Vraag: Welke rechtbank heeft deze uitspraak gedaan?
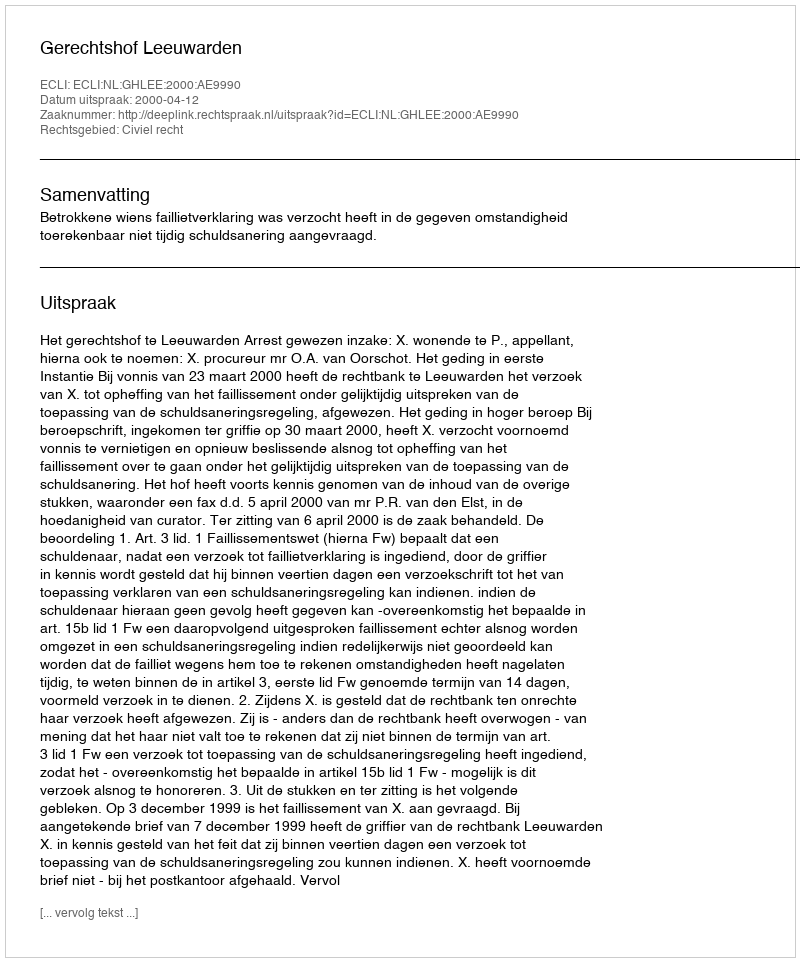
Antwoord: Gerechtshof Leeuwarden